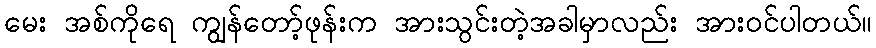
မေး အစ်ကိုရေ ကျွန်တော့်ဖုန်းက အားသွင်းတဲ့အခါမှာလည်း အားဝင်ပါတယ်။